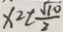
x = t \frac { \sqrt { 1 0 } } { 2 }